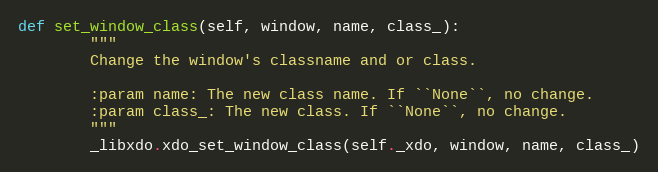
Language: Python
def set_window_class(self, window, name, class_):
        """
        Change the window's classname and or class.

        :param name: The new class name. If ``None``, no change.
        :param class_: The new class. If ``None``, no change.
        """
        _libxdo.xdo_set_window_class(self._xdo, window, name, class_)